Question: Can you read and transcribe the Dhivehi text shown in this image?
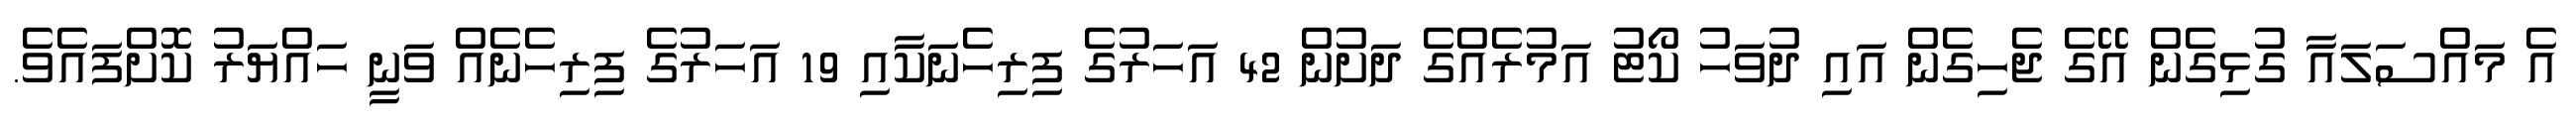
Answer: އެ މައްސަލައާ ގުޅިގެން އޭގެ ޖެހިގެން އައި ދުވަހު ކޯޓު އަމުރެއްގެ ދަށުން 42 އަހަރުގެ ފިރިހެނަކާއި 19 އަހަރުގެ ފިރިހެނެއް ވަނީ ހައްޔަރު ކޮށްފައެވެ.